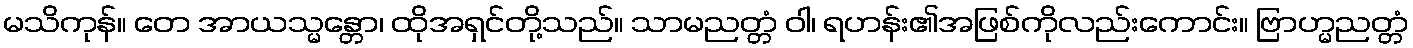
မသိကုန်။ တေ အာယသ္မန္တော၊ ထိုအရှင်တို့သည်။ သာမညတ္တံ ဝါ၊ ရဟန်း၏အဖြစ်ကိုလည်းကောင်း။ ဗြာဟ္မညတ္တံ